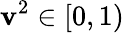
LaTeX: \mathbf{v}^{2}\in[0,1)